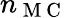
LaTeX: n_{\mathrm{~M~C~}}